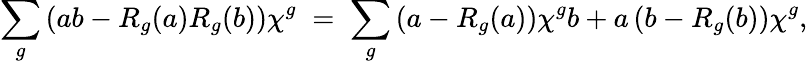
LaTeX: \sum_{g}\left(ab-R_{g}(a)R_{g}(b)\right)\chi^{g}\; =\; \sum_{g}\left(a-R_{g}(a)\right)\chi^{g}b+a\left(b-R_{g}(b)\right)\chi^{g},